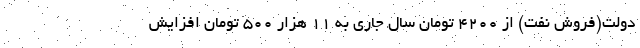
دولت(فروش نفت) از ۴۲۰۰ تومان سال جاری به ۱۱ هزار ۵۰۰ تومان افزایش